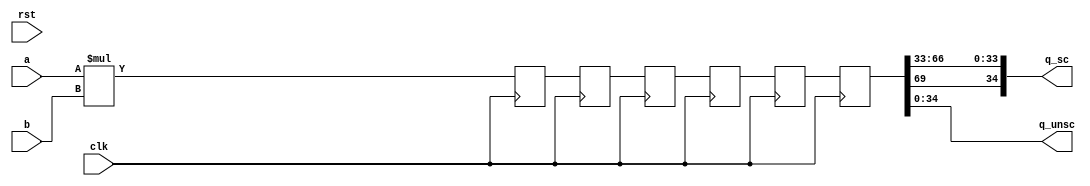
module multfix(clk, rst, a, b, q_sc, q_unsc);
						   parameter WIDTH=35, CYCLES=6;
						   input signed [WIDTH-1:0]    a,b;
						   output [WIDTH-1:0]          q_sc;
						   output [WIDTH-1:0]              q_unsc;
						   input                       clk, rst;
						   reg signed [2*WIDTH-1:0]    q[CYCLES-1:0];
						   wire signed [2*WIDTH-1:0]   res;   
						   integer                     i;
						   assign                      res = q[CYCLES-1];   
						   assign                      q_unsc = res[WIDTH-1:0];
						   assign                      q_sc = {res[2*WIDTH-1], res[2*WIDTH-4:WIDTH-2]};
						   always @(posedge clk) begin
						      q[0] <= a * b;
						      for (i = 1; i < CYCLES; i=i+1) begin
						         q[i] <= q[i-1];
						      end
						   end
						endmodule